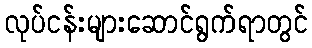
လုပ်ငန်းများဆောင်ရွက်ရာတွင်